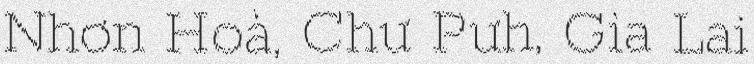
Nhơn Hoà, Chư Pưh, Gia Lai